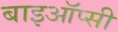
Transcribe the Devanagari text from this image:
बाइऑप्सी